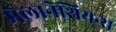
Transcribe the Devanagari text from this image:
मेलानेशियन्स